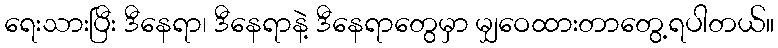
ရေးသားပြီး ဒီနေရာ၊ ဒီနေရာနဲ့ ဒီနေရာတွေမှာ မျှဝေထားတာတွေ့ရပါတယ်။